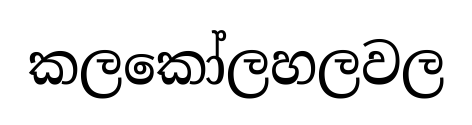
කලකෝලහලවල